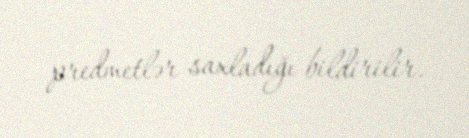
predmetlər saxladığı bildirilir.